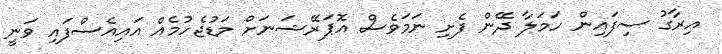
އިރާގު ސިފައިން ހަމަލާ ދޭން ފެށި ނަމަވެސް އޮޕަރޭޝަނަށް މަޑުޖެހުމެއް އައިއެސްފައި ވަނީ